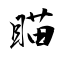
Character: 瞄